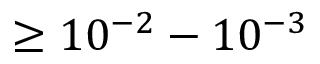
\geq 1 0 ^ { - 2 } - 1 0 ^ { - 3 }